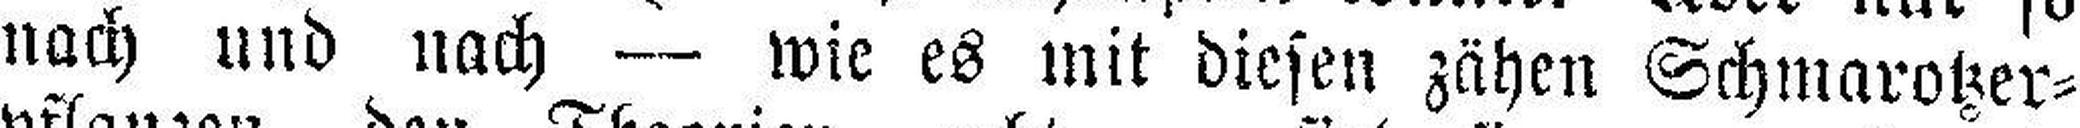
nach und nach — wie es mit diesen zähen Schmarotzer¬